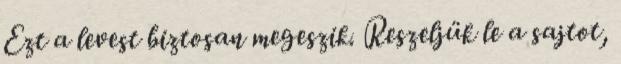
Ezt a levest biztosan megeszik. Reszeljük le a sajtot,